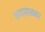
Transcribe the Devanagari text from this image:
फणसाळकर